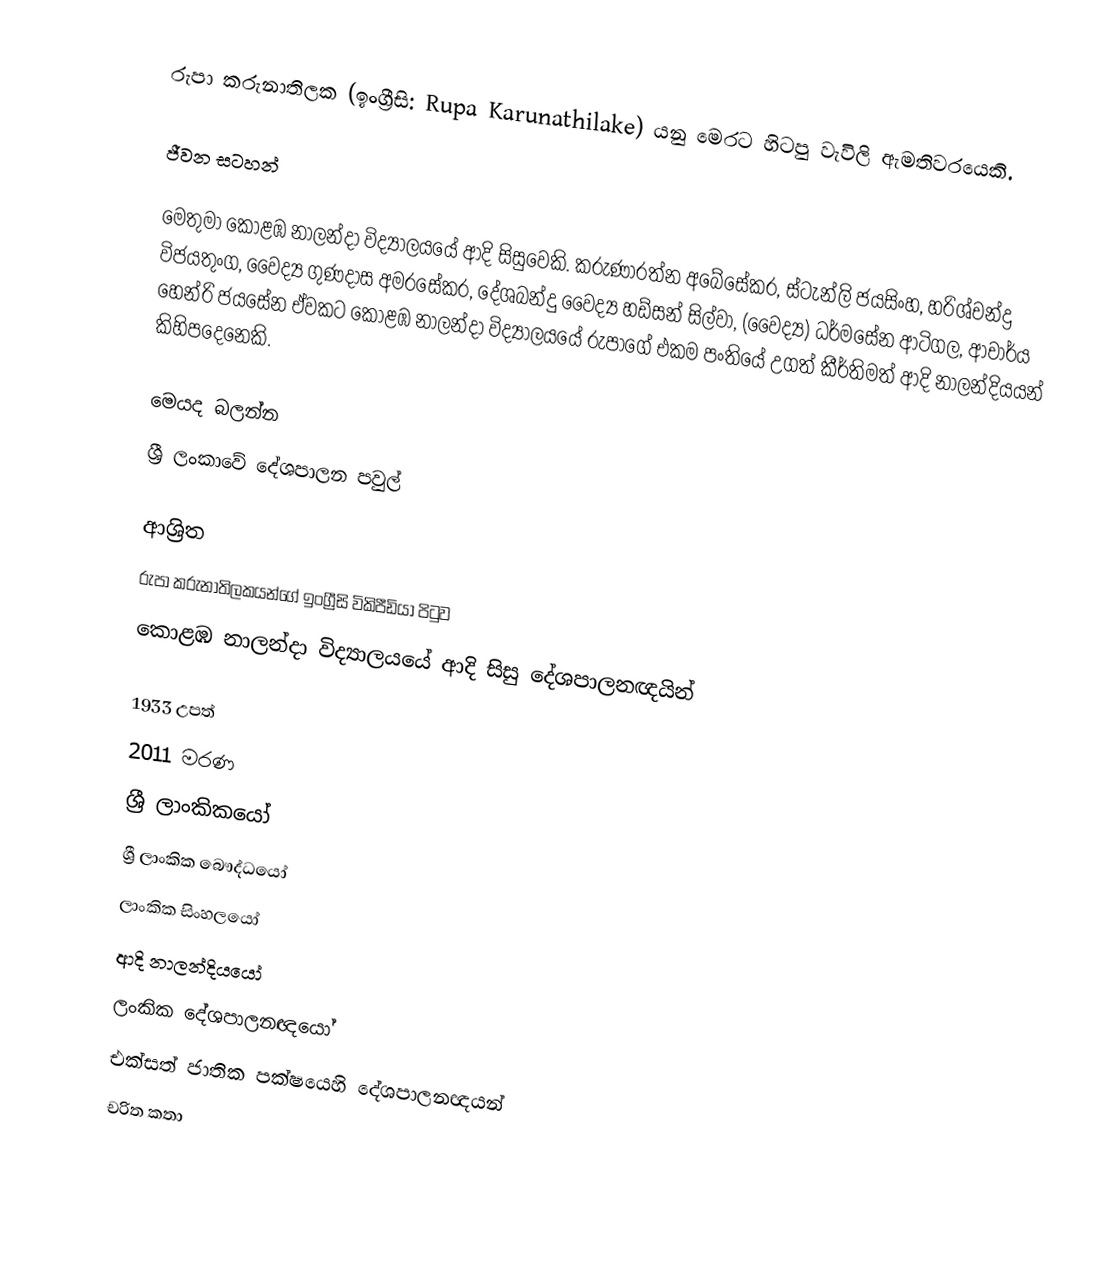
රුපා කරුනාතිලක (ඉංග්‍රීසි: Rupa Karunathilake) යනු මෙරට හිටපු වැවිලි ඇමතිවරයෙකි.

ජීවන සටහන්

මෙතුමා  කොළඹ නාලන්දා විද්‍යාලයයේ ආදි සිසුවෙකි. කරුණාරත්න අබේසේකර, ස්ටැන්ලි ජයසිංහ, හරිශ්චන්ද්‍ර විජයතුංග, වෛද්‍ය  ගුණදාස අමරසේකර, දේශබන්දු වෛද්‍ය හඩ්සන් සිල්වා, (වෛද්‍ය) ධර්මසේන ආටිගල, ආචාර්ය හෙන්රි ජයසේන ඒවකට කොළඹ නාලන්දා විද්‍යාලයයේ රුපාගේ එකම පංතියේ උගත් කීර්තිමත් ආදි නාලන්දියයන් කිහිපදෙනෙකි.

මෙයද බලන්න
 ශ්‍රී ලංකාවේ දේශපාලන පවුල්

ආශ්‍රිත
රුපා කරුනාතිලකයන්ගේ ඉංග්‍රීසි විකිපීඩියා පිටුව
කොළඹ නාලන්දා විද්‍යාලයයේ ආදි සිසු දේශපාලනඥයින්

1933 උපත්
2011 මරණ
ශ්‍රී ලාංකිකයෝ
ශ්‍රී ලාංකික බෞද්ධයෝ
ලාංකික සිංහලයෝ
ආදි නාලන්දියයෝ
ලංකික දේශපාලනඥයෝ
එක්සත් ජාතික පක්ෂයෙහි දේශපාලනඥයන්
චරිත කතා